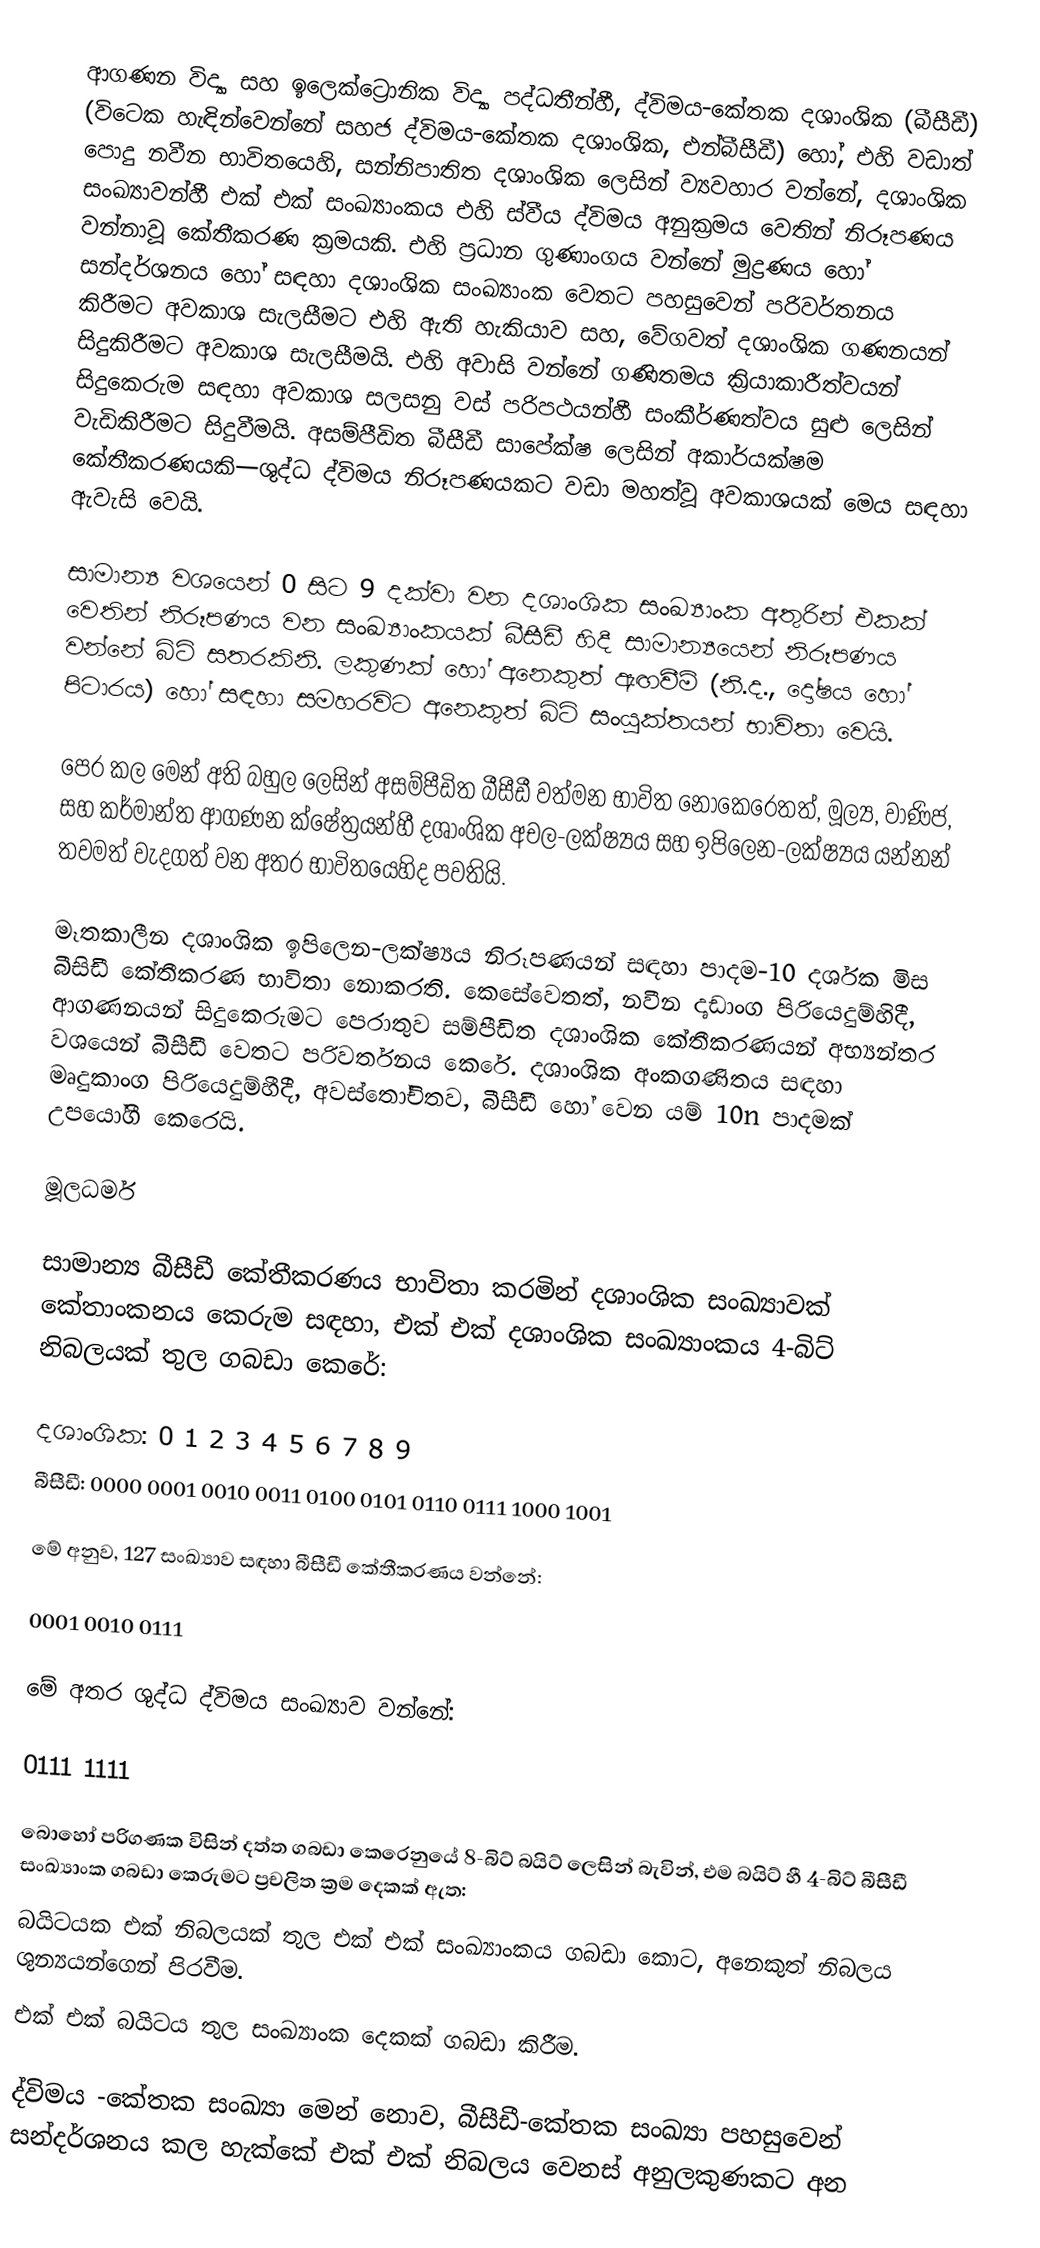
ආගණන විද්‍යා සහ ඉලෙක්ට්‍රොනික විද්‍යා පද්ධතීන්හී, ද්විමය-කේතක දශාංශික (බීසීඩී) (විටෙක හැඳින්වෙන්නේ සහජ ද්විමය-කේතක දශාංශික, එන්බීසීඩී) හෝ, එහි වඩාත් පොදු නවීන භාවිතයෙහි, සන්නිපාතිත දශාංශික ලෙසින් ව්‍යවහාර වන්නේ, දශාංශික සංඛ්‍යාවන්හී එක් එක් සංඛ්‍යාංකය එහි ස්වීය  ද්විමය අනුක්‍රමය වෙතින් නිරූපණය වන්නාවූ කේතීකරණ ක්‍රමයකි.  එහි ප්‍රධාන ගුණාංගය වන්නේ මුද්‍රණය හෝ සන්දර්ශනය හෝ සඳහා දශාංශික සංඛ්‍යාංක වෙතට පහසුවෙන් පරිවර්තනය කිරීමට අවකාශ සැලසීමට එහි ඇති හැකියාව සහ, වේගවත් දශාංශික ගණනයන් සිදුකිරීමට අවකාශ සැලසීමයි.  එහි අවාසි වන්නේ ගණිතමය ක්‍රියාකාරීත්වයන් සිදුකෙරුම සඳහා අවකාශ සලසනු වස් පරිපථයන්හී සංකීර්ණත්වය සුළු  ලෙසින් වැඩිකිරීමට සිදුවීමයි.  අසම්පීඩිත බීසීඩී සාපේක්ෂ ලෙසින් අකාර්යක්ෂම කේතීකරණයකි—ශුද්ධ ද්විමය නිරූපණයකට වඩා මහත්වූ අවකාශයක් මෙය සඳහා ඇවැසි වෙයි.

සාමාන්‍ය වශයෙන් 0 සිට 9 දක්වා වන දශාංශික සංඛ්‍යාංක අතුරින් එකක් වෙතින් නිරූපණය වන සංඛ්‍යාංකයක් බීසීඩී හිදී සාමාන්‍යයෙන් නිරූපණය වන්නේ බිට් සතරකිනි. ලකුණක් හෝ අනෙකුත් ඇඟවීම් (නි.ද., දෝෂය හෝ පිටාරය) හෝ සඳහා සමහරවිට අනෙකුත් බිට් සංයුක්තයන් භාවිතා වෙයි.

පෙර කල මෙන් අති බහුල ලෙසින් අසම්පීඩිත බීසීඩී වත්මන භාවිත නොකෙරෙතත්, මූල්‍ය, වාණිජ, සහ කර්මාන්ත ආගණන ක්ෂේත්‍රයන්හී දශාංශික අචල-ලක්ෂ්‍යය සහ  ඉපිලෙන-ලක්ෂ්‍යය යන්නන් තවමත් වැදගත් වන අතර භාවිතයෙහිද පවතියි.

මෑතකාලීන දශාංශික ඉපිලෙන-ලක්ෂ්‍යය නිරූපණයන් සඳහා පාදම-10 දර්ශක මිස බීසිඩී කේතීකරණ භාවිතා නොකරති.  කෙසේවෙතත්, නවීන දෘඩාංග පිරියෙදුම්හිදී, ආගණනයන් සිදුකෙරුමට පෙරාතුව  සම්පීඩිත දශාංශික කේතීකරණයන් අභ්‍යන්තර වශයෙන් බීසීඩී වෙතට පරිවර්තනය කෙරේ.  දශාංශික අංකගණිතය සඳහා මෘදුකාංග පිරියෙදුම්හීදී, අවස්තෝචිතව, බීසීඩී හෝ වෙන යම්   10n පාදමක් උපයෝගී කෙරෙයි.

මූලධර්ම

සාමාන්‍ය බීසීඩී කේතීකරණය භාවිතා කරමින් දශාංශික සංඛ්‍යාවක් කේතාංකනය කෙරුම සඳහා, එක් එක් දශාංශික සංඛ්‍යාංකය  4-බිට් නිබලයක් තුල ගබඩා කෙරේ:

 දශාංශික:    0      1         2          3         4          5         6         7         8         9
 බීසීඩී:       0000  0001  0010   0011   0100    0101    0110  0111   1000    1001

මේ අනුව, 127 සංඛ්‍යාව සඳහා බීසීඩී කේතීකරණය වන්නේ:

  0001 0010 0111

මේ අතර ශුද්ධ ද්විමය සංඛ්‍යාව වන්නේ:

  0111 1111

බොහෝ පරිගණක විසින් දත්ත ගබඩා කෙරෙනුයේ 8-බිට් බයිට් ලෙසින් බැවින්, එම බයිට් හී 4-බිට් බීසීඩී සංඛ්‍යාංක ගබඩා කෙරුමට ප්‍රචලිත ක්‍රම දෙකක් ඇත:
 බයිටයක එක් නිබලයක් තුල එක් එක් සංඛ්‍යාංකය ගබඩා කොට, අනෙකුත් නිබලය ශුන්‍යයන්ගෙන් පිරවීම.
එක් එක් බයිටය තුල සංඛ්‍යාංක දෙකක් ගබඩා කිරීම.

ද්විමය -කේතක සංඛ්‍යා මෙන් නොව, බීසීඩී-කේතක සංඛ්‍යා  පහසුවෙන් සන්දර්ශනය කල හැක්කේ එක් එක් නිබලය වෙනස් අනුලකුණකට අන